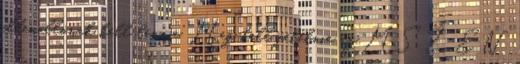
ellenállónak kell lennie. Meg kell felelnie az MSZ EN